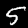
Digit: 5